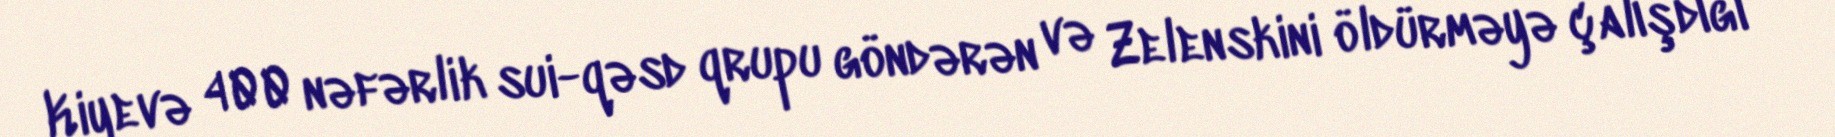
Kiyevə 400 nəfərlik sui-qəsd qrupu göndərən və Zelenskini öldürməyə çalışdığı